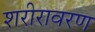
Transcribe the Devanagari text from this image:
शरीरावरण